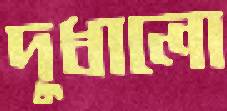
দুধালো